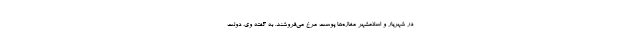
در شهریار و اسلامشهر مغازه‌ها پوست مرغ می‌فروشند. به گفته وی، دولت